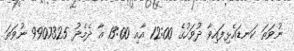
ނުވަތަ ކަނޑައެޅިފައިވާ ދުވަހުގެ 12:00 އާއި 13:00 އާ ދެމެދު 9907325 ނުވަތަ